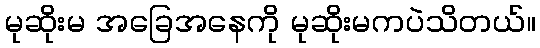
မုဆိုးမ အခြေအနေကို မုဆိုးမကပဲသိတယ်။